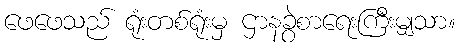
ဖေဖေသည် ရုံးတစ်ရုံးမှ ဌာနခွဲစာရေးကြီးမျှသာ။